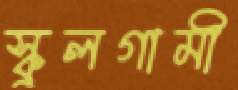
স্কুলগামী